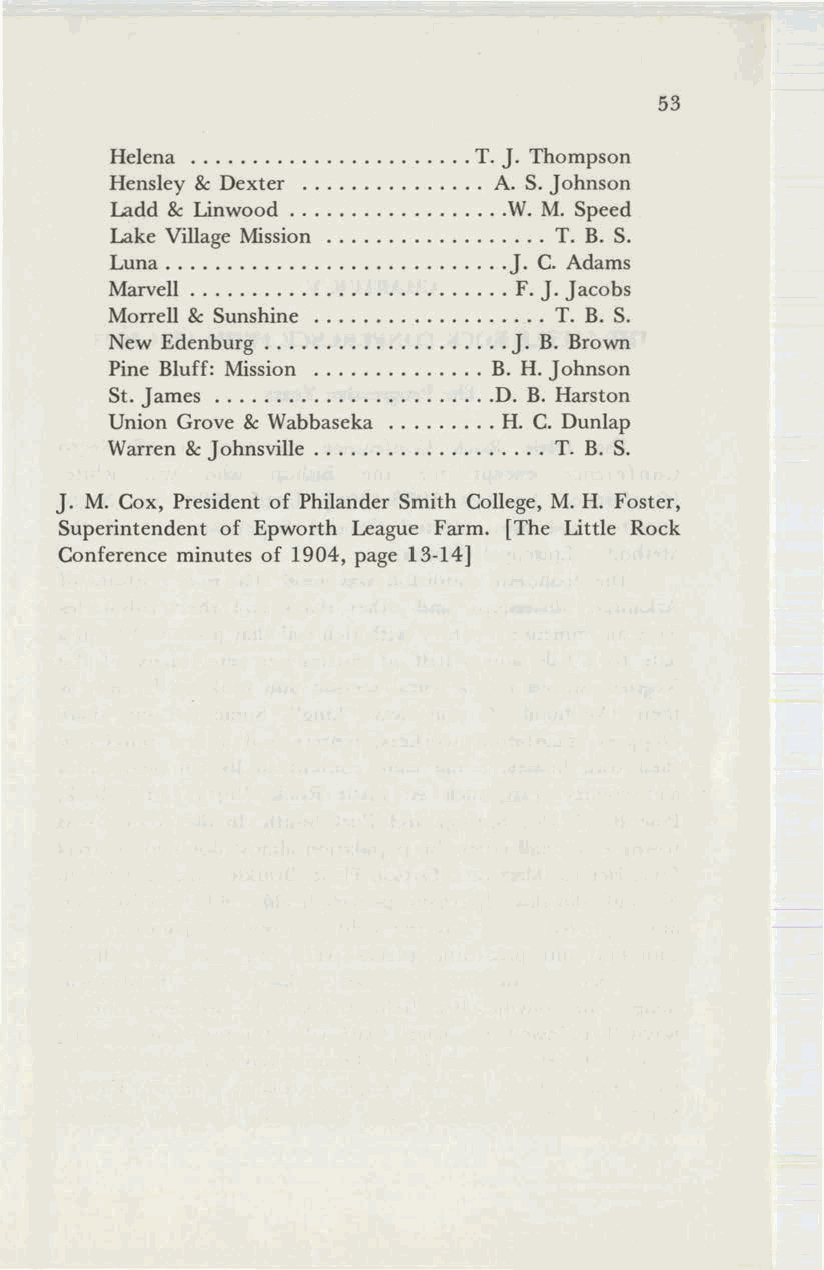
53
 Helena                  T. J. Thompson
 Hensley & Dexter          A. S. Johnson
 Ladd & Linwood             W. M. Speed
 Lake Village Mission          T. B. S.
 Luna                       J. C. Adams
 Marvell                    F. J. Jacobs
 Morrell & Sunshine            T. B. S.
 New Edenburg               J. B. Brown
 Pine Bluff: Mission      B. H. Johnson
 St. James                 D. B. Harston
 Union Grove & Wabbaseka   H. C. Dunlap
 Warren & Johnsville           T. B. S.
 J. M. Cox, President of Philander Smith College, M. H. Foster,
 Superintendent of Epworth League Farm. [The Little Rock
 Conference minutes of 1904, page 13-14]